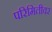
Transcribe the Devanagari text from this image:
परिमितीवर